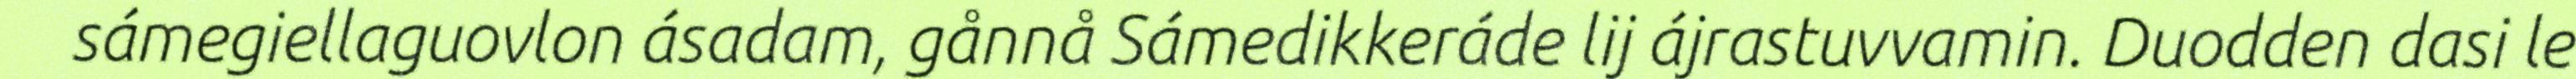
sámegiellaguovlon ásadam, gånnå Sámedikkeráde lij ájrastuvvamin. Duodden dasi le